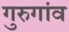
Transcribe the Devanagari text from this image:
गुरुगांव